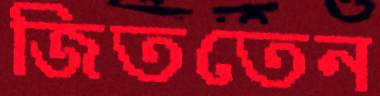
জিততেন